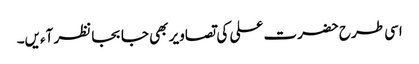
اسی طرح حضرت علی کی تصاویر بھی جا بجا نظر آءیں۔